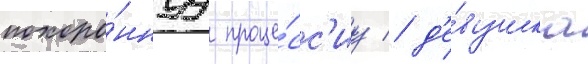
похоро́ннуу проце́сс'иу / д'е́вушка